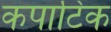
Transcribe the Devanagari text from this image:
कपाटिक